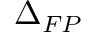
\Delta _ { F P }